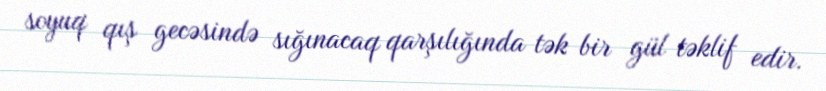
soyuq qış gecəsində sığınacaq qarşılığında tək bir gül təklif edir.